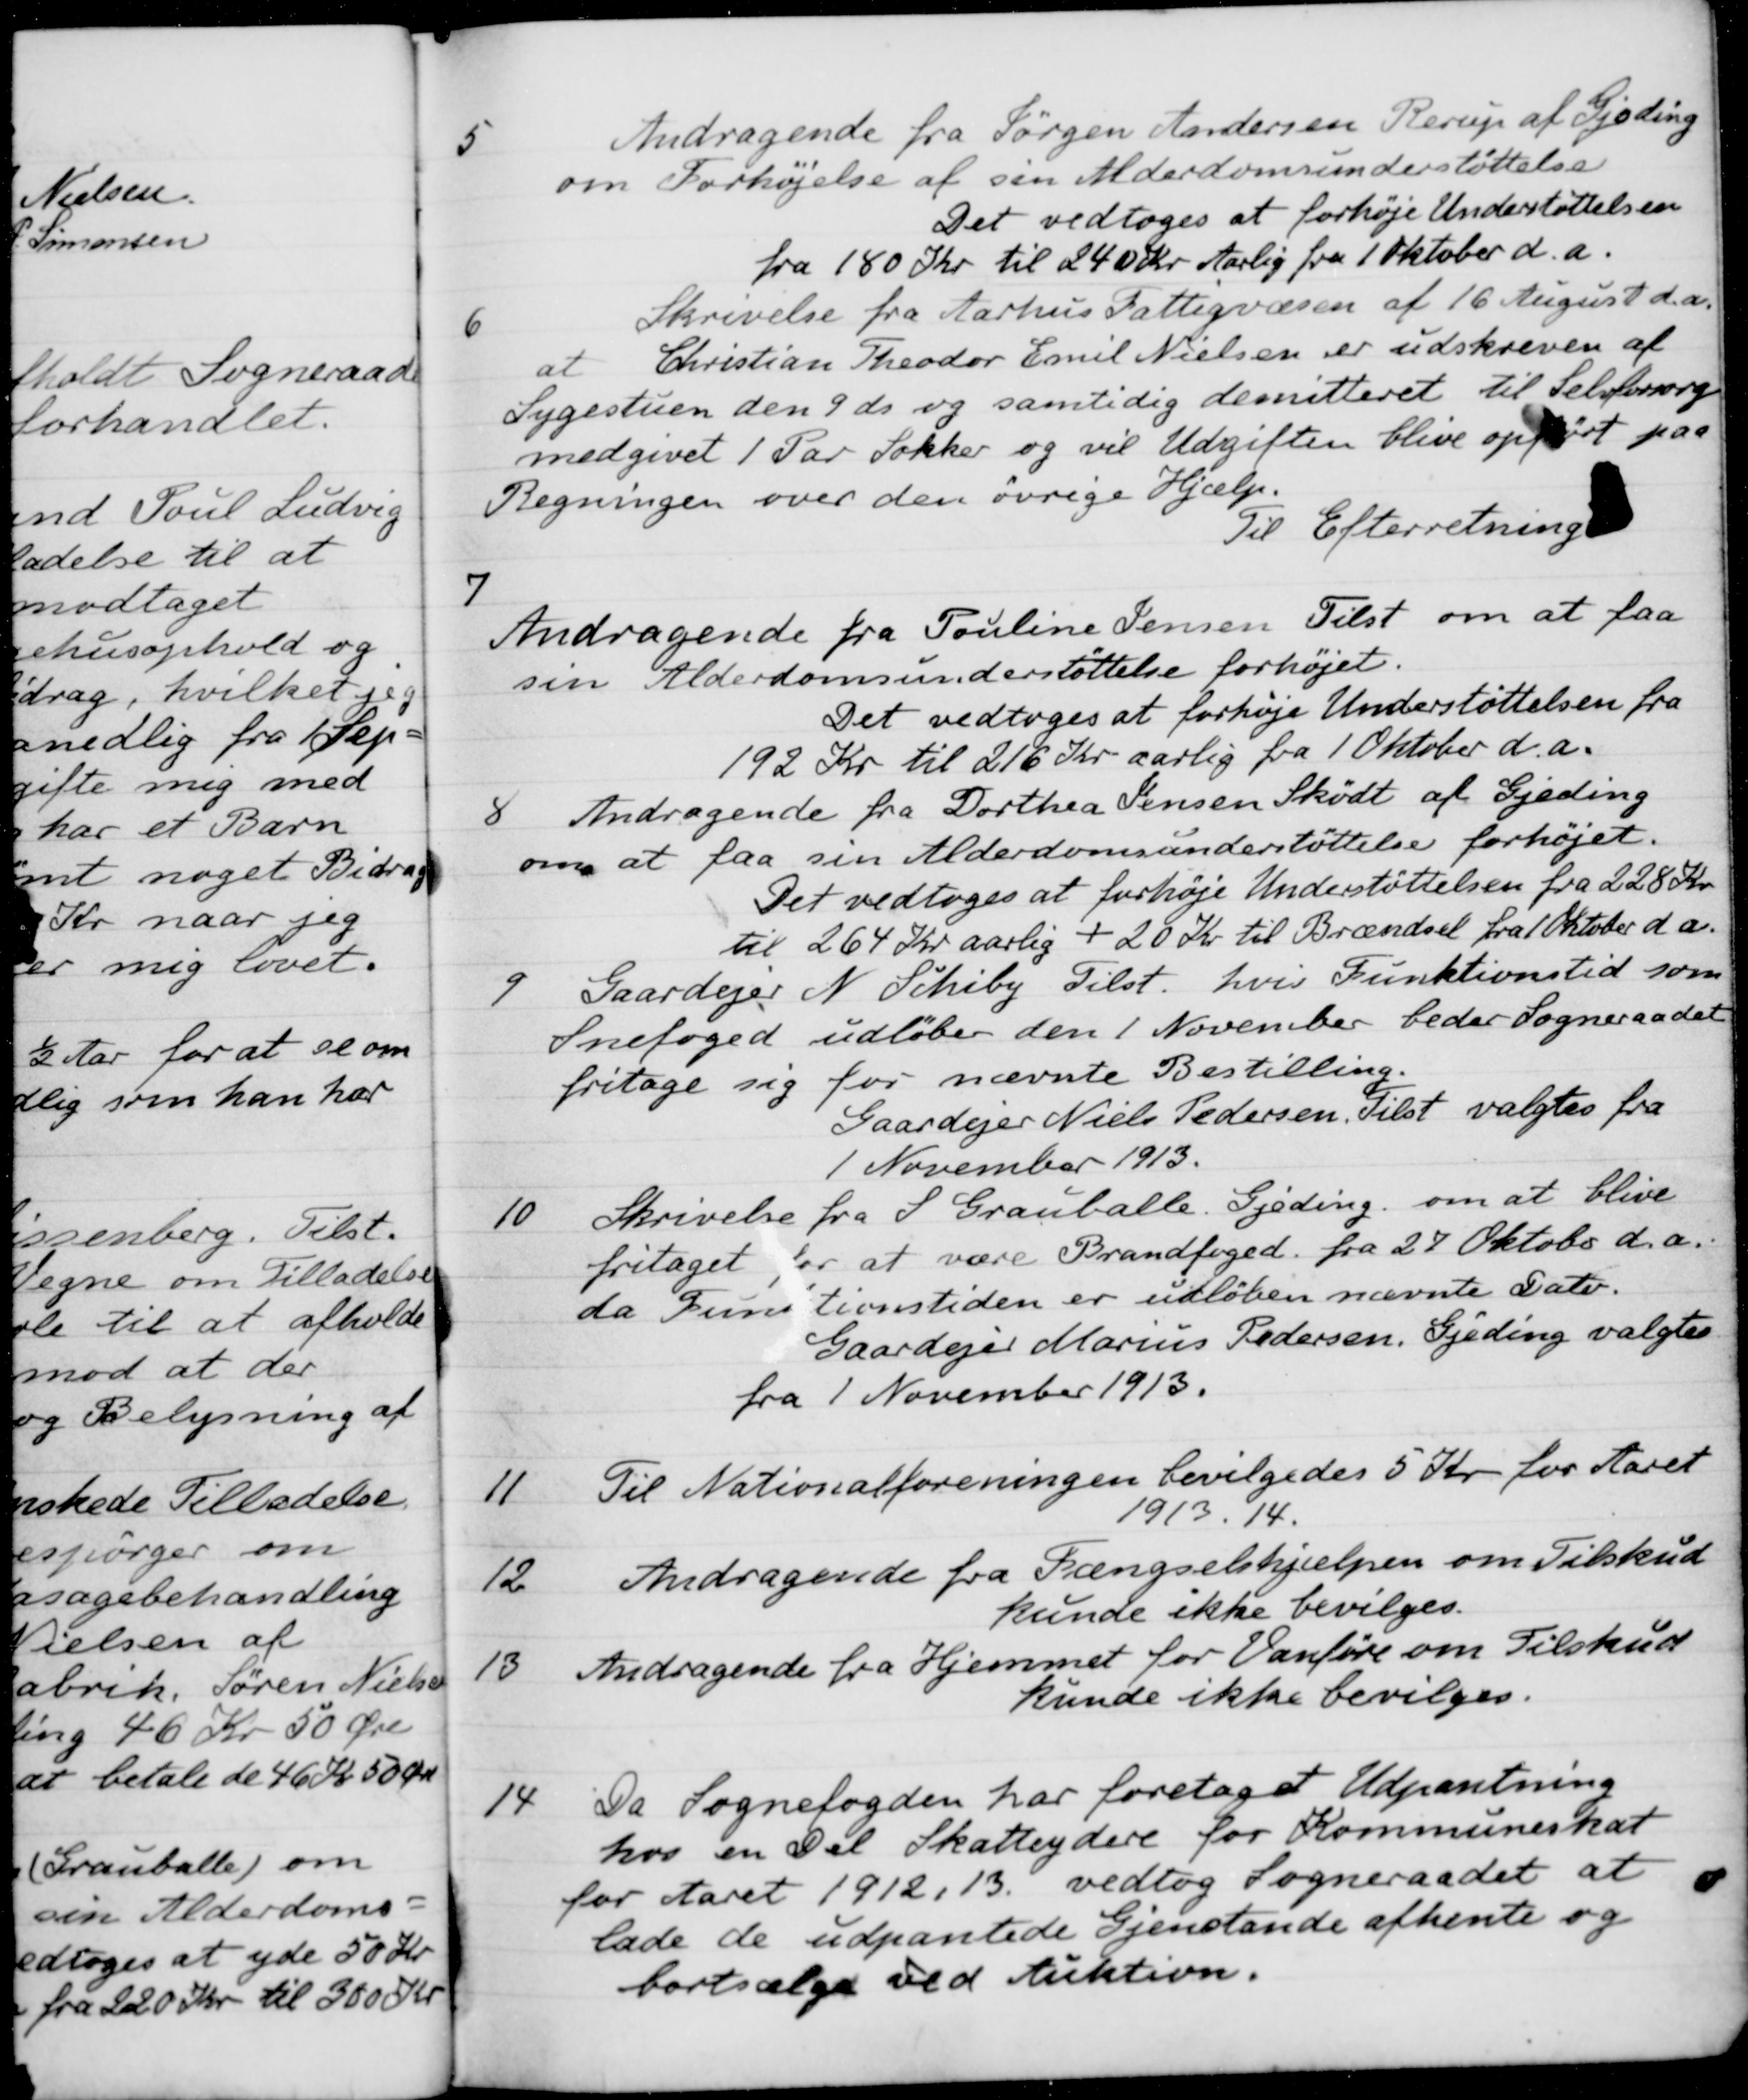
Transskription:
5
Andragende fra Jørgen Andersen Rerup af Gjeding
om Forhøjelse af sin Alderdomsunderstøttelse
Det vedtoges at forhøje Understøttelsen
fra 180 Kr til 240 Kr Aarlig fra 1 Oktober d.a.
6
Skrivelse fra Aarhus Fattigvæsen af 16 August d.a.
at Christian Theodor Emil Nielsen er udskreven af
Sygestuen den 9 ds. og samtidig demitteret til Selvforsorg
medgivet 1 Par Sokker og vil Udgiften blive opført paa
Regningen over den øvrige Hjælp.
Til Efterretning
7
Andragende fra Pouline Jensen Tilst om at faa
sin Alderdomsunderstøttelse forhøjet.
Det vedtoges at forhøje Understøttelsen fra
192 Kr til 216 Kr aarlig fra 1 Oktober d.a.
8
Andragende fra Dorthea Jensen Skødt af Gjeding
om at faa sin Alderdomsunderstøttelse forhøjet.
Det vedtoges at forhøje Understøttelsen fra 228 Kr.
til 264 Kr aarlig + 20 Kr til Brændsel fra 1 Oktober d a.
9
Gaardejer N. Schiby Tilst. hvis Funktionstid som
Snefoged udløber den 1 November beder Sogneraadet
fritage sig for nævnte Bestilling.
Gaardejer Niels Pedersen. Tilst valgtes fra
1 November 1913.
10
Skrivelse fra S. Grauballe. Gjeding om at blive
fritaget for at være Brandfoged fra 27 Oktober d.a.
da Funitionstiden er udløben nævnte Dato.
Gaardejer Marius Pedersen, Gjeding valgtes
fra 1 November 1913.
11
Til Nationalforeningen bevilgedes 5 Kr for Aaret
1913. 14.
12.
Andragende fra Fængselshjælpen om Tilskud
kunde ikke bevilges.
13.
Andragende fra Hjemmet for Vanføre om Tilskud
kunde ikke bevilges.
14
Da Sognefogden har foretaget Udpantning
hos en Del Skatteydere for Kommuneskat
for Aaret 1912, 13 vedtog Sogneraadet at
lade de udpantede Gjenstande afhente og
bortsælge ved Auktion.